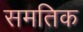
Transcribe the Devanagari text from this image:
समतिक